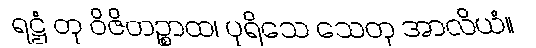
ရဋ္ဌံ တု ဝိဇိတဉ္စာထ၊ ပုရိသေ သေတု အာလိယံ။